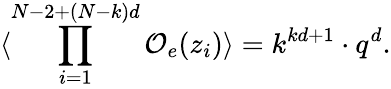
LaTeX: \langle\prod_{i=1}^{N-2+(N-k)d}{\cal O}_{e}(z_{i})\rangle=k^{kd+1}\cdot q^{d}.